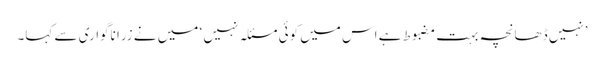
’نہیں ڈھانچہ بہت مضبوط ہے اس میں کوئی مسئلہ نہیں ‘ میں نے زرا ناگواری سے کہا۔